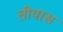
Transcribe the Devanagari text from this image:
तीयास